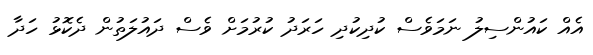
އެއް ކައުންސިލު ނަމަވެސް ކުދިކުދި ހަރަދު ކުރުމަށް ވެސް ދައުލަތުން ދެކޮޅު ހަދާ